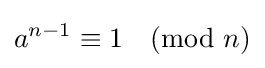
a^{n-1}\equiv 1{\pmod {n}}